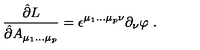
\frac { \hat { \partial } L } { \hat { \partial } A _ { \mu _ { 1 } \ldots \mu _ { p } } } = \epsilon ^ { \mu _ { 1 } \ldots \mu _ { p } \nu } \partial _ { \nu } \varphi \ .